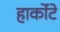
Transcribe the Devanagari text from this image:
हार्कोटे